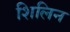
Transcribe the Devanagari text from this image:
शिलिन